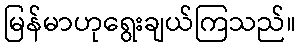
မြန်မာဟုရွေးချယ်ကြသည်။